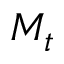
M _ { t }